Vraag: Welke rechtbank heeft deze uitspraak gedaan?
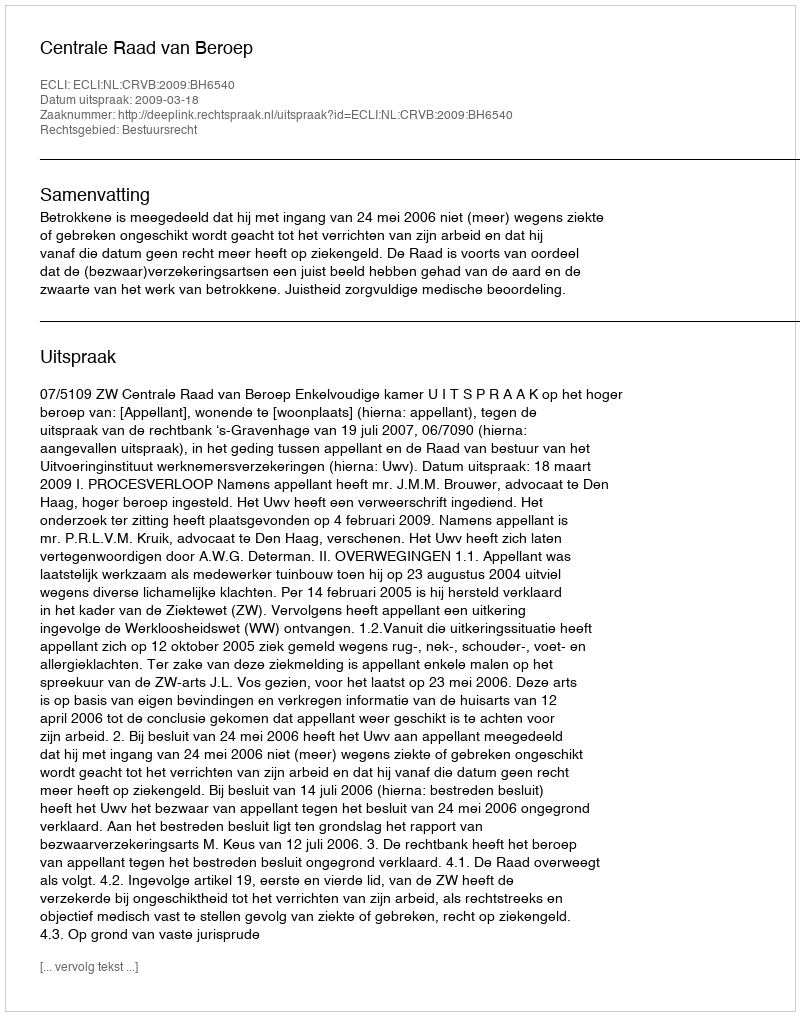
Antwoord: Centrale Raad van Beroep